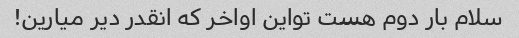
سلام بار دوم هست تو‌این اواخر که انقدر دیر میارین!